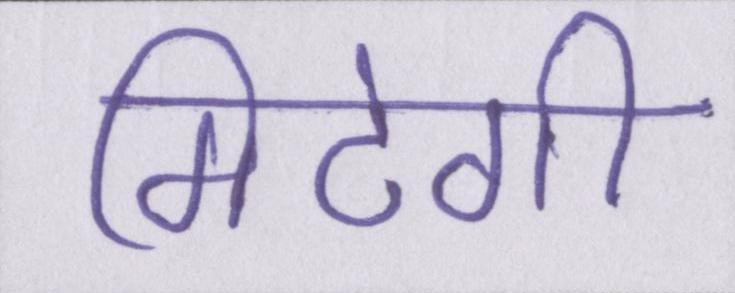
मिटेगी